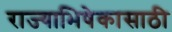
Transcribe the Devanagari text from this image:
राज्याभिषेकासाठी